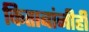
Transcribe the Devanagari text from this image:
किताबांनीही